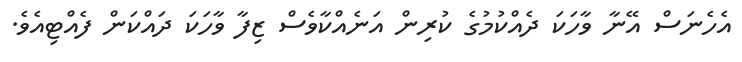
އެހެނަސް އޭނާ ވާހަކަ ދެއްކުމުގެ ކުރިން އަނެއްކާވެސް ޒިފާ ވާހަކަ ދައްކަން ފެއްޓިއެވެ.